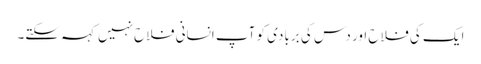
ایک کی فلاح اور دس کی بربادی کو آپ انسانی فلاح نہیں کہہ سکتے۔